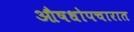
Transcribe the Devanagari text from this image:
औषधोपचारात